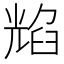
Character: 𦥿